Leaving Certificate Examination, 1916
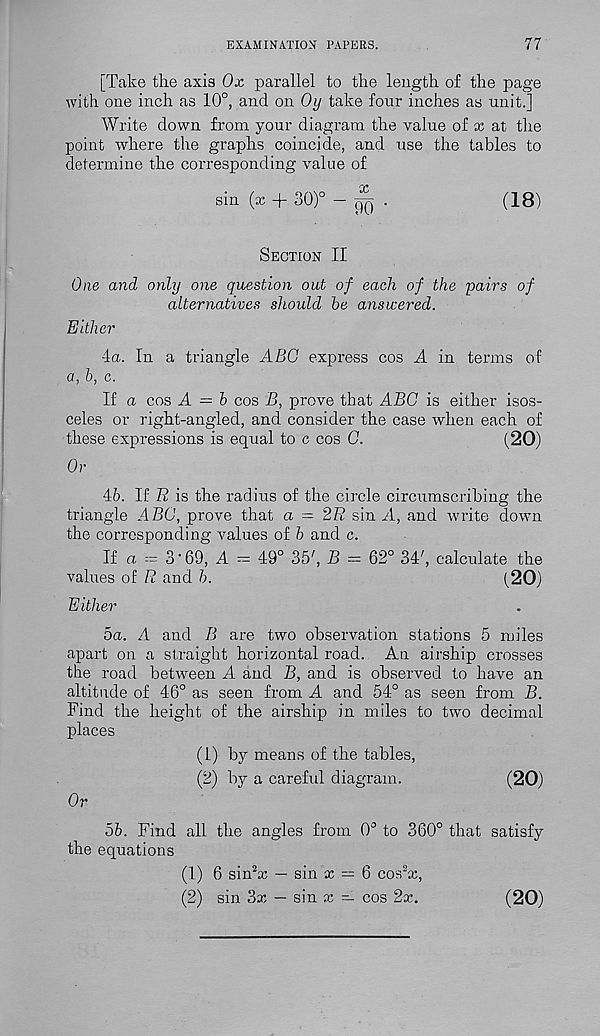
EXAMINATION PAPERS.
77
[Take the axis Ox parallel to the length of the page
with one inch as 10°, and on Oy take four inches as unit.]
Write down from your diagram the value of x at the
point where the graphs coincide, and use the tables to
determine the corresponding value of
sin (x + 30)° - ~ .
(18)
Section II
One and only one question out of each of the pairs of
alternatives should he answered.
Either
4a. In a triangle ABC express cos A in terms of
a, h, c.
If a cos A = h cos B, prove that ABC is either isos-
celes or right-angled, and consider the case when each of
these expressions is equal to c cos C.
(20)
Or
46. If R is the radius of the circle circumscribing the
triangle ABC, prove that a — 2R sin A, and write down
the corresponding values of b and c.
If a == 3 • 69, A = 49° 35', B = 62° 34', calculate the
values of R and 6.
(20)
Either
5a. A and B are two observation stations 5 miles
apart on a straight horizontal road. An airship crosses
the road between A and B, and is observed to have an
altitude of 46° as seen from A and 54° as seen from B.
Find the height of the airship in miles to two decimal
places
(1) by means of the tables,
(2) by a careful diagram.
(20)
Or
56. Find all the angles from 0° to 360° that satisfy
the equations
(1.) 6 sin 2 x — sin x = 6 cos 2 x,
(2) sin 3x — sin x — cos 2x.
(20)